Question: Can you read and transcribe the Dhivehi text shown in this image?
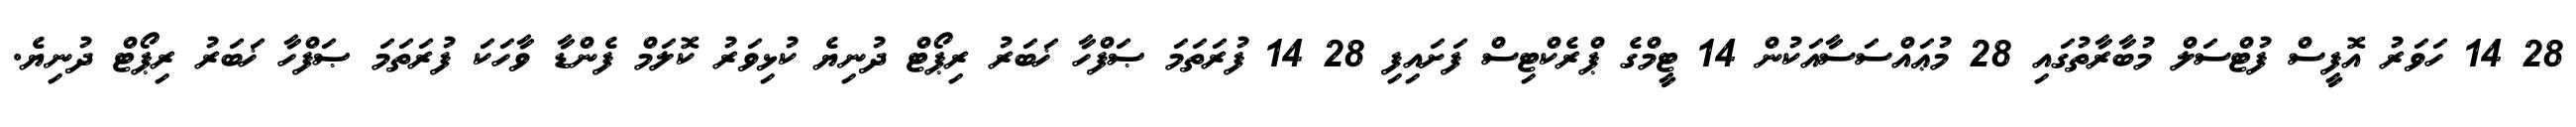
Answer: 28 14 ހަވަރު އޮފީސް ފުޓްސަލް މުބާރާތުގައި 28 މުޢައްސަސާއަކުން 14 ޓީމްގެ ޕްރެކްޓިސް ފަށައިފި 28 14 ފުރަތަމަ ޞަފްހާ ޚަބަރު ރިޕޯޓް ދުނިޔެ ކުޅިވަރު ކޮލަމް ފެންޑާ ވާހަކަ ފުރަތަމަ ޞަފްހާ ޚަބަރު ރިޕޯޓް ދުނިޔެ.